Rules regarding the measures to be adopted on the outbreak of cholera or appearance of small-pox
Disease focus: Cholera
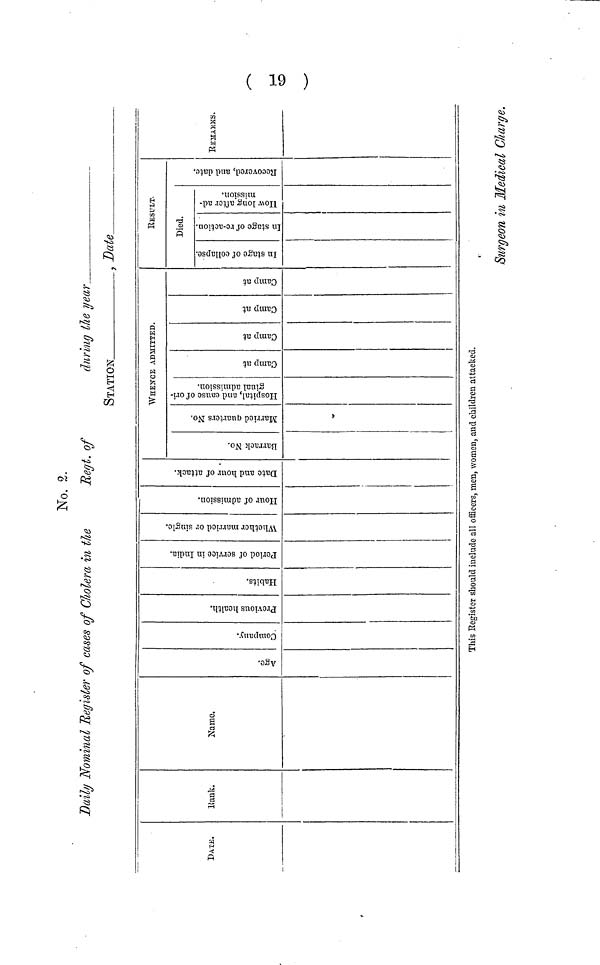
No. 2.
Daily
Nominal
Register
of eases of Citolera in the
Regt.
of
during
the year
STATION
, Date
DATE
Bank
Name
Age
company
previous health
Habits
Period of service in India
Whether married or single
Hours of admission
Date and hour of attack
When of Admitted
Barrack No.
Married quarters No.
Hospital, and cause of original admission
Camp at
Camp at Camp at
Camp at
RESULT
Died
In stage of Collupes
In stage re-action
How long after admission
Recovered,and date
REMARKS
This Register should include all officers, men, women, and children attacked.
Surgeon
in Medical
Charge.